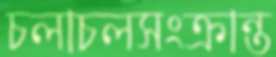
চলাচলসংক্রান্ত